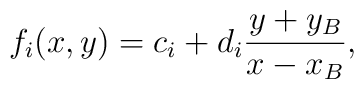
f_i(x,y)=c_i+d_i{y+y_B\over x-x_B},